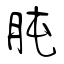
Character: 肫